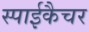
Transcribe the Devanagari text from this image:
स्पाईकैचर